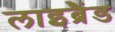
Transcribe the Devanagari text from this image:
लाइब्रैंड